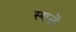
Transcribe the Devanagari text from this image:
स्थळें